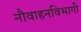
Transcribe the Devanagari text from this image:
नौवाहनविभागी